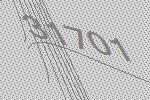
31701